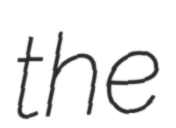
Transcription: the